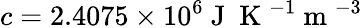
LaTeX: c=2.4075\times 10^{6}\mathrm{~J~}\mathrm{~K~}^{-1}\mathrm{~m~}^{-3}